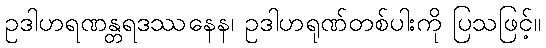
ဥဒါဟရဏန္တရဒဿနေန၊ ဥဒါဟရုဏ်တစ်ပါးကို ပြသဖြင့်။